Madras plague regulations in force outside the Presidency town - Volume 2
Disease focus: Plague
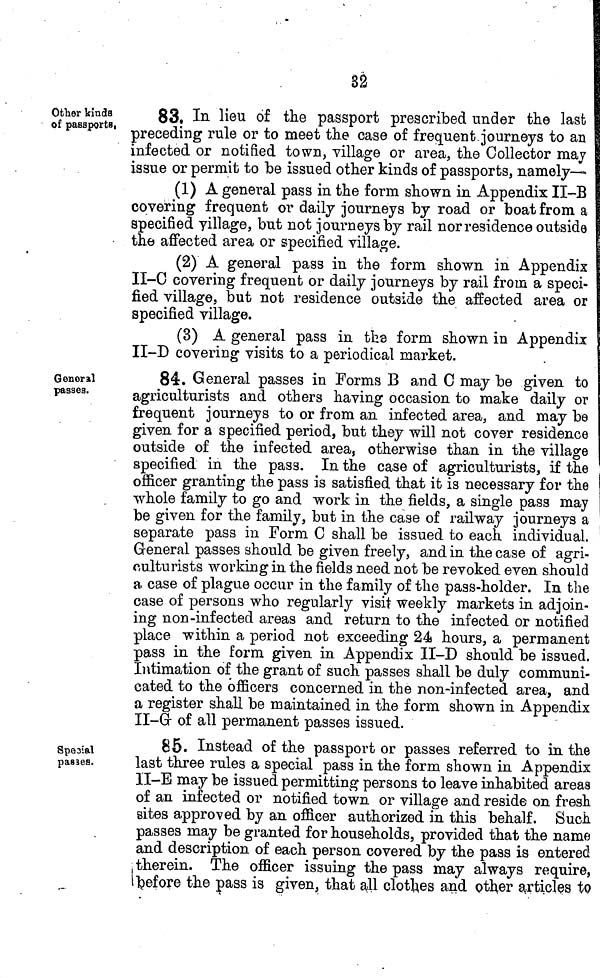
82
Other kinds
of passports,
83. In lieu of the passport prescribed under the last
preceding rule or to meet the case of frequent, journeys to an
infected or notified town, village or area, the Collector may
issue or permit to be issued other kinds of passports, namely—
(1) A general pass in the form shown in Appendix II-B
covering frequent or daily journeys by road or boat from a
specified village, but not journeys by rail nor residence outside
the affected area or specified village.
(2) A general pass in the form shown in Appendix
II-C covering frequent or daily journeys by rail from a speci-
fied village, but not residence outside the affected area or
specified village.
(3) A general pass in the form shown in Appendix
II-D covering visits to a periodical market.
General
passes.
84. General passes in Forms B and C may be given to
agriculturists and others having occasion to make daily or
frequent journeys to or from an infected area, and may be
given for a specified period, but they will not cover residence
outside of the infected area, otherwise than in the village
specified in the pass. In the case of agriculturists, if the
officer granting the pass is satisfied that it is necessary for the
whole family to go and work in the fields, a single pass may
be given for the family, but in the case of railway journeys a
separate pass in Form C shall be issued to each individual.
General passes should be given freely, and in the case of agri-
culturists working in the fields need not be revoked even should
a case of plague occur in the family of the pass-holder. In the
case of persons who regularly visit weekly markets in adjoin-
ing non-infected areas and return to the infected or notified
place within a period not exceeding 24 hours, a permanent
pass in the form given in Appendix II-D should be issued.
Intimation of the grant of such passes shall be duly communi-
cated to the officers concerned in the non-infected area, and
a register shall be maintained in the form shown in Appendix
II-G of all permanent passes issued.
Special
passes.
85. Instead of the passport or passes referred to in the
last three rules a special pass in the form shown in Appendix
II-E may be issued permitting persons to leave inhabited areas
of an infected or notified town or village and reside on fresh
sites approved by an officer authorized in this behalf. Such
passes may be granted for households, provided that the name
and description of each person covered by the pass is entered
therein. The ofíicer issuing the pass may always require,
before the pass is given, that all clothes and other articles to